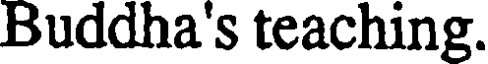
Buddha's teaching.